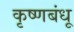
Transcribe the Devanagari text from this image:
कृष्णबंधू